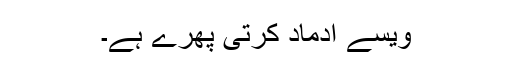
ویسے اُدماد کرتی پھرے ہے۔